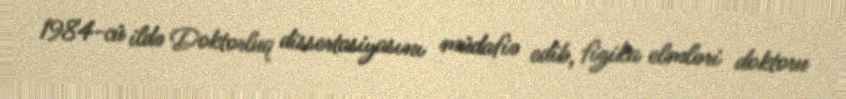
1984-cü ildə Doktorluq dissertasiyasını müdafiə edib, fizika elmləri doktoru